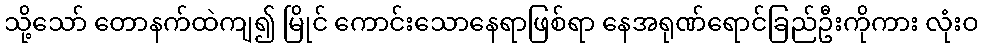
သို့သော် တောနက်ထဲကျ၍ မြိုင် ကောင်းသောနေရာဖြစ်ရာ နေအရုဏ်ရောင်ခြည်ဦးကိုကား လုံးဝ